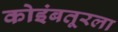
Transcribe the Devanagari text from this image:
कोइंबतूरला